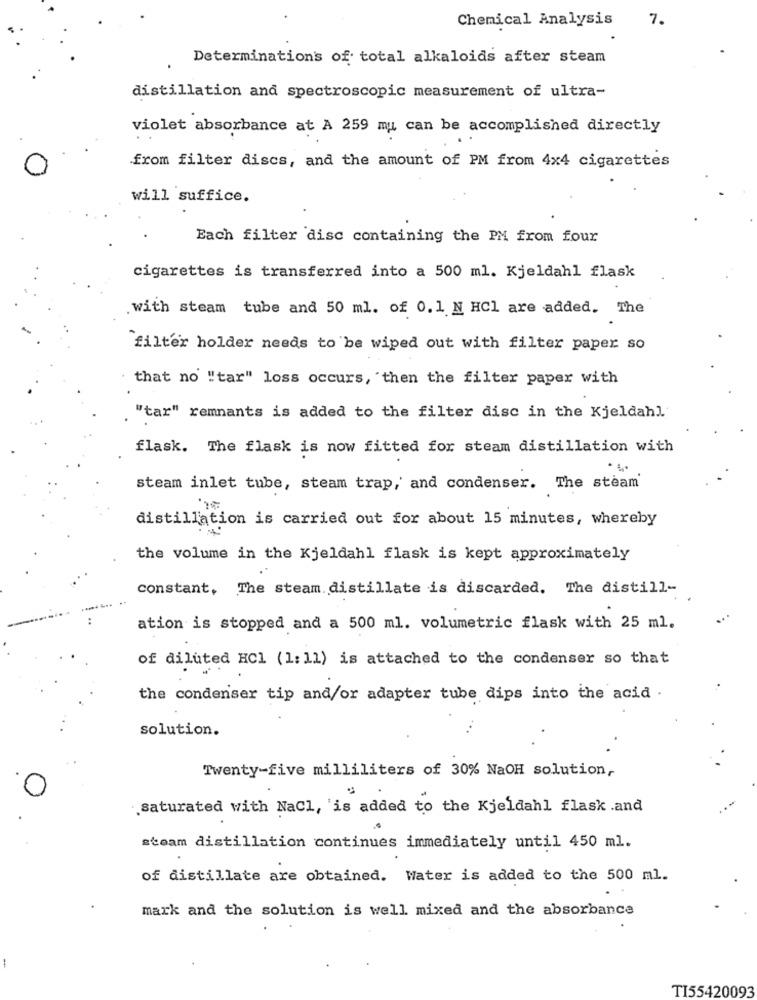
Chemical Analysis
7.
Determinations of total alkaloids after steam
distillation and spectroscopic measurement of ultra-
violet absorbance at A 259 mu can be accomplished directly
from filter discs, and the amount of PM from 4x4 cigarettes
will suffice.
Each filter disc containing the PM from four
cigarettes is transferred into a 500 ml. Kjeldahl flask
with steam tube and 50 ml. of 0. 1 N HCI are added. The
filter holder needs to be wiped out with filter paper so
that no "tar" loss occurs, then the filter paper with
"tar" remnants is added to the filter disc in the Kjeldahl
flask. The flask is now fitted for steam distillation with
steam inlet tube, steam trap, and condenser. The steam'
distillation is carried out for about 15 minutes, whereby
the volume in the Kjeldahl flask is kept approximately
constant, The steam distillate is discarded. The distill-
ation is stopped and a 500 ml. volumetric flask with 25 ml.
of diluted HCl (1: 11) is attached to the condenser so that
the condenser tip and/or adapter tube dips into the acid .
solution.
Twenty-five milliliters of 30% NaOH solution,
saturated with NaCl, 'is added to the Kjeldahl flask .and
steam distillation continues immediately until 450 ml.
of distillate are obtained. Water is added to the 500 ml.
mark and the solution is well mixed and the absorbance
-
TI55420093